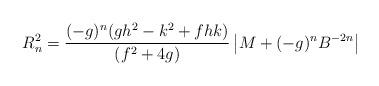
LaTeX: \begin{align*} R_n^{2}= \frac{(-g)^{n}(gh^{2}-k^{2}+fhk)}{\left(f^{2}+4g\right)} \left| M+(-g)^nB^{-2n}\right | \end{align*}